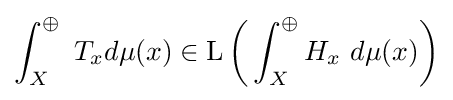
\int _{X}^{\oplus }\ T_{x}d\mu (x)\in \operatorname {L} {\bigg (}\int _{X}^{\oplus }H_{x}\ d\mu (x){\bigg )}